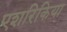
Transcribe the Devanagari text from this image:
एशरिकिया